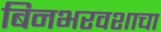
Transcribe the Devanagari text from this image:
बिनभरवशाचा